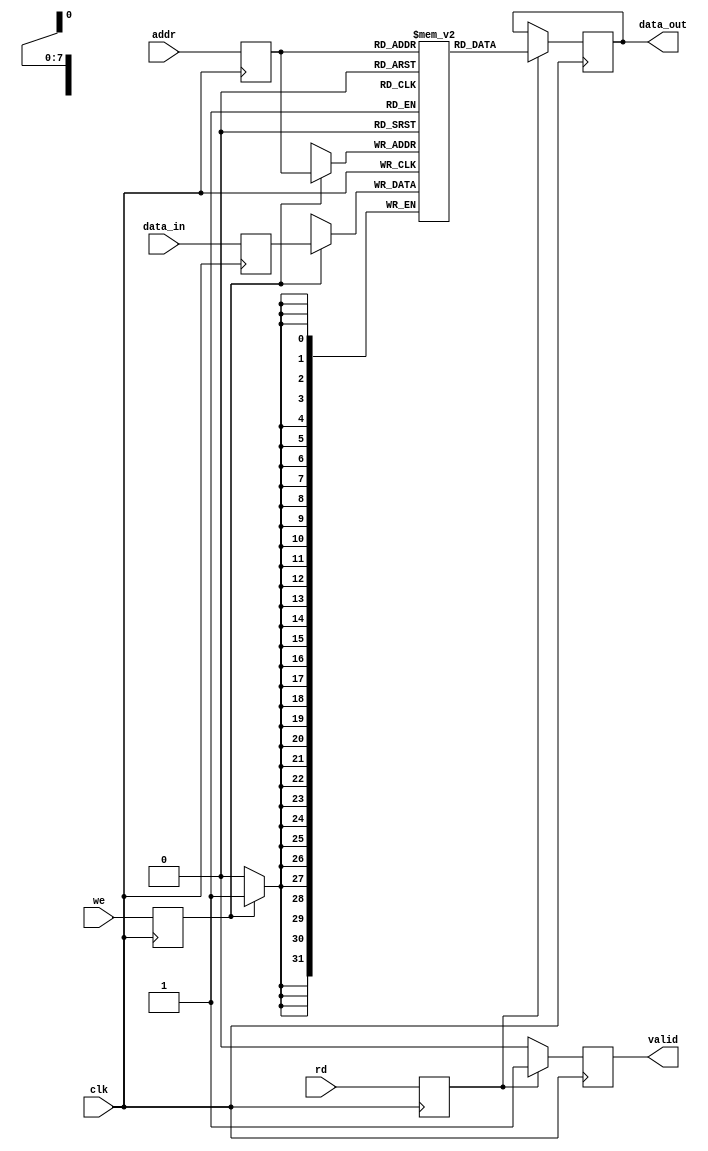
module PipelineRAM #(
    parameter ADDR_WIDTH = 8,
    parameter DATA_WIDTH = 32,
    parameter DEPTH = 1 << ADDR_WIDTH // Number of memory locations
) (
    input  wire                  clk,
    input  wire [ADDR_WIDTH-1:0] addr,
    input  wire [DATA_WIDTH-1:0] data_in,
    input  wire                  we,
    input  wire                  rd,
    output reg  [DATA_WIDTH-1:0] data_out,
    output reg                  valid
);

    // Memory Array
    reg [DATA_WIDTH-1:0] mem [0:DEPTH-1];
    
    // Pipeline registers
    reg [ADDR_WIDTH-1:0] addr_reg;
    reg [DATA_WIDTH-1:0] data_in_reg;
    reg we_reg, rd_reg;

    // Pipeline stage 1: Address and data latching
    always @(posedge clk) begin
        addr_reg <= addr;
        data_in_reg <= data_in;
        we_reg <= we;
        rd_reg <= rd;
    end

    // Pipeline stage 2: Write operation
    always @(posedge clk) begin
        if (we_reg) begin
            mem[addr_reg] <= data_in_reg; // Write data to memory
        end
    end

    // Pipeline stage 3: Read operation
    always @(posedge clk) begin
        if (rd_reg) begin
            data_out <= mem[addr_reg]; // Read data from memory
            valid <= 1'b1; // Assert valid data output
        end else begin
            valid <= 1'b0; // De-assert valid data output
        end
    end

endmodule